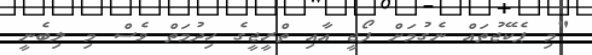
"މި ޕެކޭޖުތައް ނެގުމަށް ފޯޖީ އާއި ތްރީޖީގެ ހިދުމަތް ވެސް މި ލިބެނީ